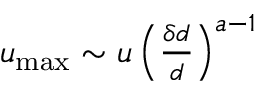
\begin{array} { r } { u _ { \mathrm { m a x } } \sim u \left( \frac { \delta d } { d } \right) ^ { a - 1 } } \end{array}